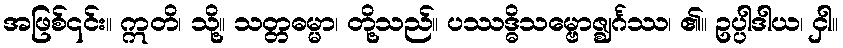
အဖြစ်၎င်း။ ဣတိ၊ သို့။ သတ္တဓမ္မာ၊ တို့သည်။ ပဿဒ္ဓိသမ္ဗောဇ္ဈင်္ဂဿ၊ ၏။ ဥပ္ပါဒါယ၊ ငှါ။